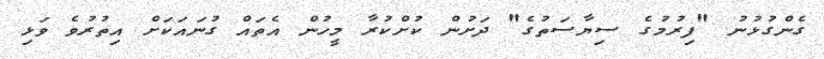
ގެންގުޅުނު "ފިރުމުގެ ސިޔާސަތުގެ" ދަށުން ކުށްކުރާ މީހުން އެތައް ގުނައަކަށް އިތުރުވެ ވަޅި